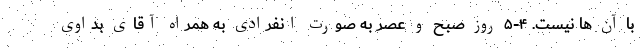
با آن ها نیست. ۴-۵ روز صبح و عصر به صورت انفرادی به همراه آقای بداوی